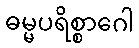
ဓမ္မပရိစ္စာဂေါ